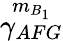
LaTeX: \overset{{{m}_{B_{1}}}}{\mathop{{{\gamma}_{AFG}}}}